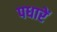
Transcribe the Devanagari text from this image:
पधारें